Indian journal of veterinary science and animal husbandry - Volume 1,
Year: 1931
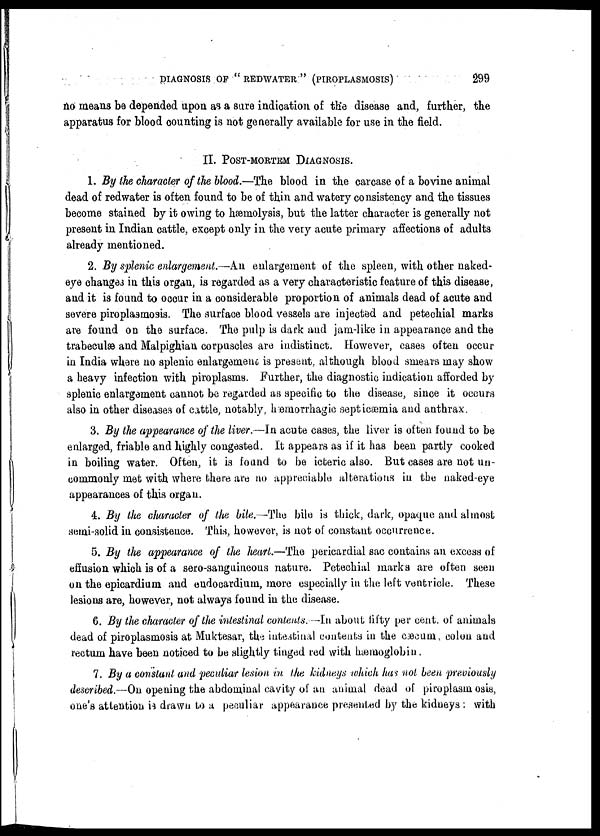
DIAGNOSIS OF " REDWATER" (PIROPLASMOSIS)
299
no means be depended upon as a sure indication of the disease and, further, the
apparatus for blood counting is not generally available for use in the field.
II. POST-MORTEM DIAGNOSIS.
1. By the character of the blood.—The blood in the carcase of a bovine animal
dead of redwater is often found to be of thin and watery consistency and the tissues
become stained by it owing to hæmolysis, but the latter character is generally not
present in Indian cattle, except only in the very acute primary affections of adults
already mentioned.
2. By splenic enlargement.—An enlargement of the spleen, with other naked-
eye changes in this organ, is regarded as a very characteristic feature of this disease,
and it is found to occur in a considerable proportion of animals dead of acute and
severe piroplasmosis. The surface blood vessels are injected and petechial marks
are found on the surface. The pulp is dark and jam-like in appearance and the
trabeculæ and Malpighian corpuscles are indistinct. However, cases often occur
in India where no splenic enlargement is present, although blood smears may show
a heavy infection with piroplasms. Further, the diagnostic indication afforded by
splenic enlargement cannot be regarded as specific to the disease, since it occurs
also in other diseases of cattle, notably, hæmorrhagic septicæmia and anthrax.
3. By the appearance of the liver.—In acute cases, the liver is often found to be
enlarged, friable and highly congested. It appears as if it has been partly cooked
in boiling water. Often, it is found to be icteric also. But cases are not un-
commonly met with where there are no appreciable alterations in the naked-eye
appearances of this organ.
4. By the character of the bile.—The bile is thick, dark, opaque and almost
semi-solid in consistence. This, however, is not of constant occurrence.
5. By the appearance of the heart.—The pericardial sac contains an excess of
effusion which is of a sero-sanguineous nature. Petechial marks are often seen
on the epicardium and endocardium, more especially in the left ventricle. These
lesions are, however, not always found in the disease.
6. By the character of the intestinal contents.—In about fifty per cent. of animals
dead of piroplasmosis at Muktesar, the intestinal contents in the cæcum, colon and
rectum have been noticed to be slightly tinged red with hæmoglobin.
7. By a constant and peculiar lesion in the kidneys which has not been previously
described.—On opening the abdominal cavity of an animal dead of piroplasmosis,
one's attention is drawn to a peculiar appearance presented by the kidneys: with